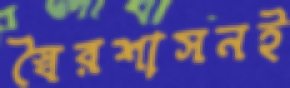
স্বৈরশাসনই